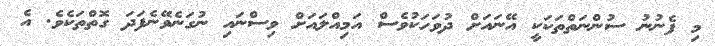
މި ފެނުނު ސުންނަތްތަކަކީ އޭނައަށް ދުވަހަކުވެސް އަމިއްލައަށް ވިސްނައި ނުގަނެވޭނެފަދަ ގޮތްތަކެވެ. އެ